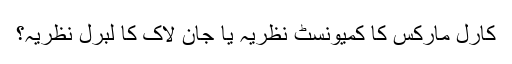
کارل مارکس کا کمیونسٹ نظریہ یا جان لاک کا لبرل نظریہ؟